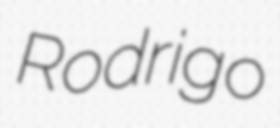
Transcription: Rodrigo